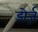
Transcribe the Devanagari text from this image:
डोर्ज़